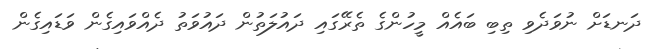
ދަނޑަށް ނުވަދެވި ތިބި ބައެއް މީހުންގެ ތެރޭގައި ދައުލަތުން ދައުވަތު ދެއްވައިގެން ވަޑައިގެން